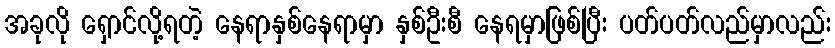
အခုလို ရှောင်လို့ရတဲ့ နေရာနှစ်နေရာမှာ နှစ်ဦးစီ နေရမှာဖြစ်ပြီး ပတ်ပတ်လည်မှာလည်း